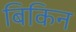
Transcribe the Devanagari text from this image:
बिकिन